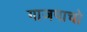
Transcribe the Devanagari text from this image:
गाजपाचो